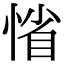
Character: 𢜫